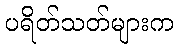
ပရိတ်သတ်များက